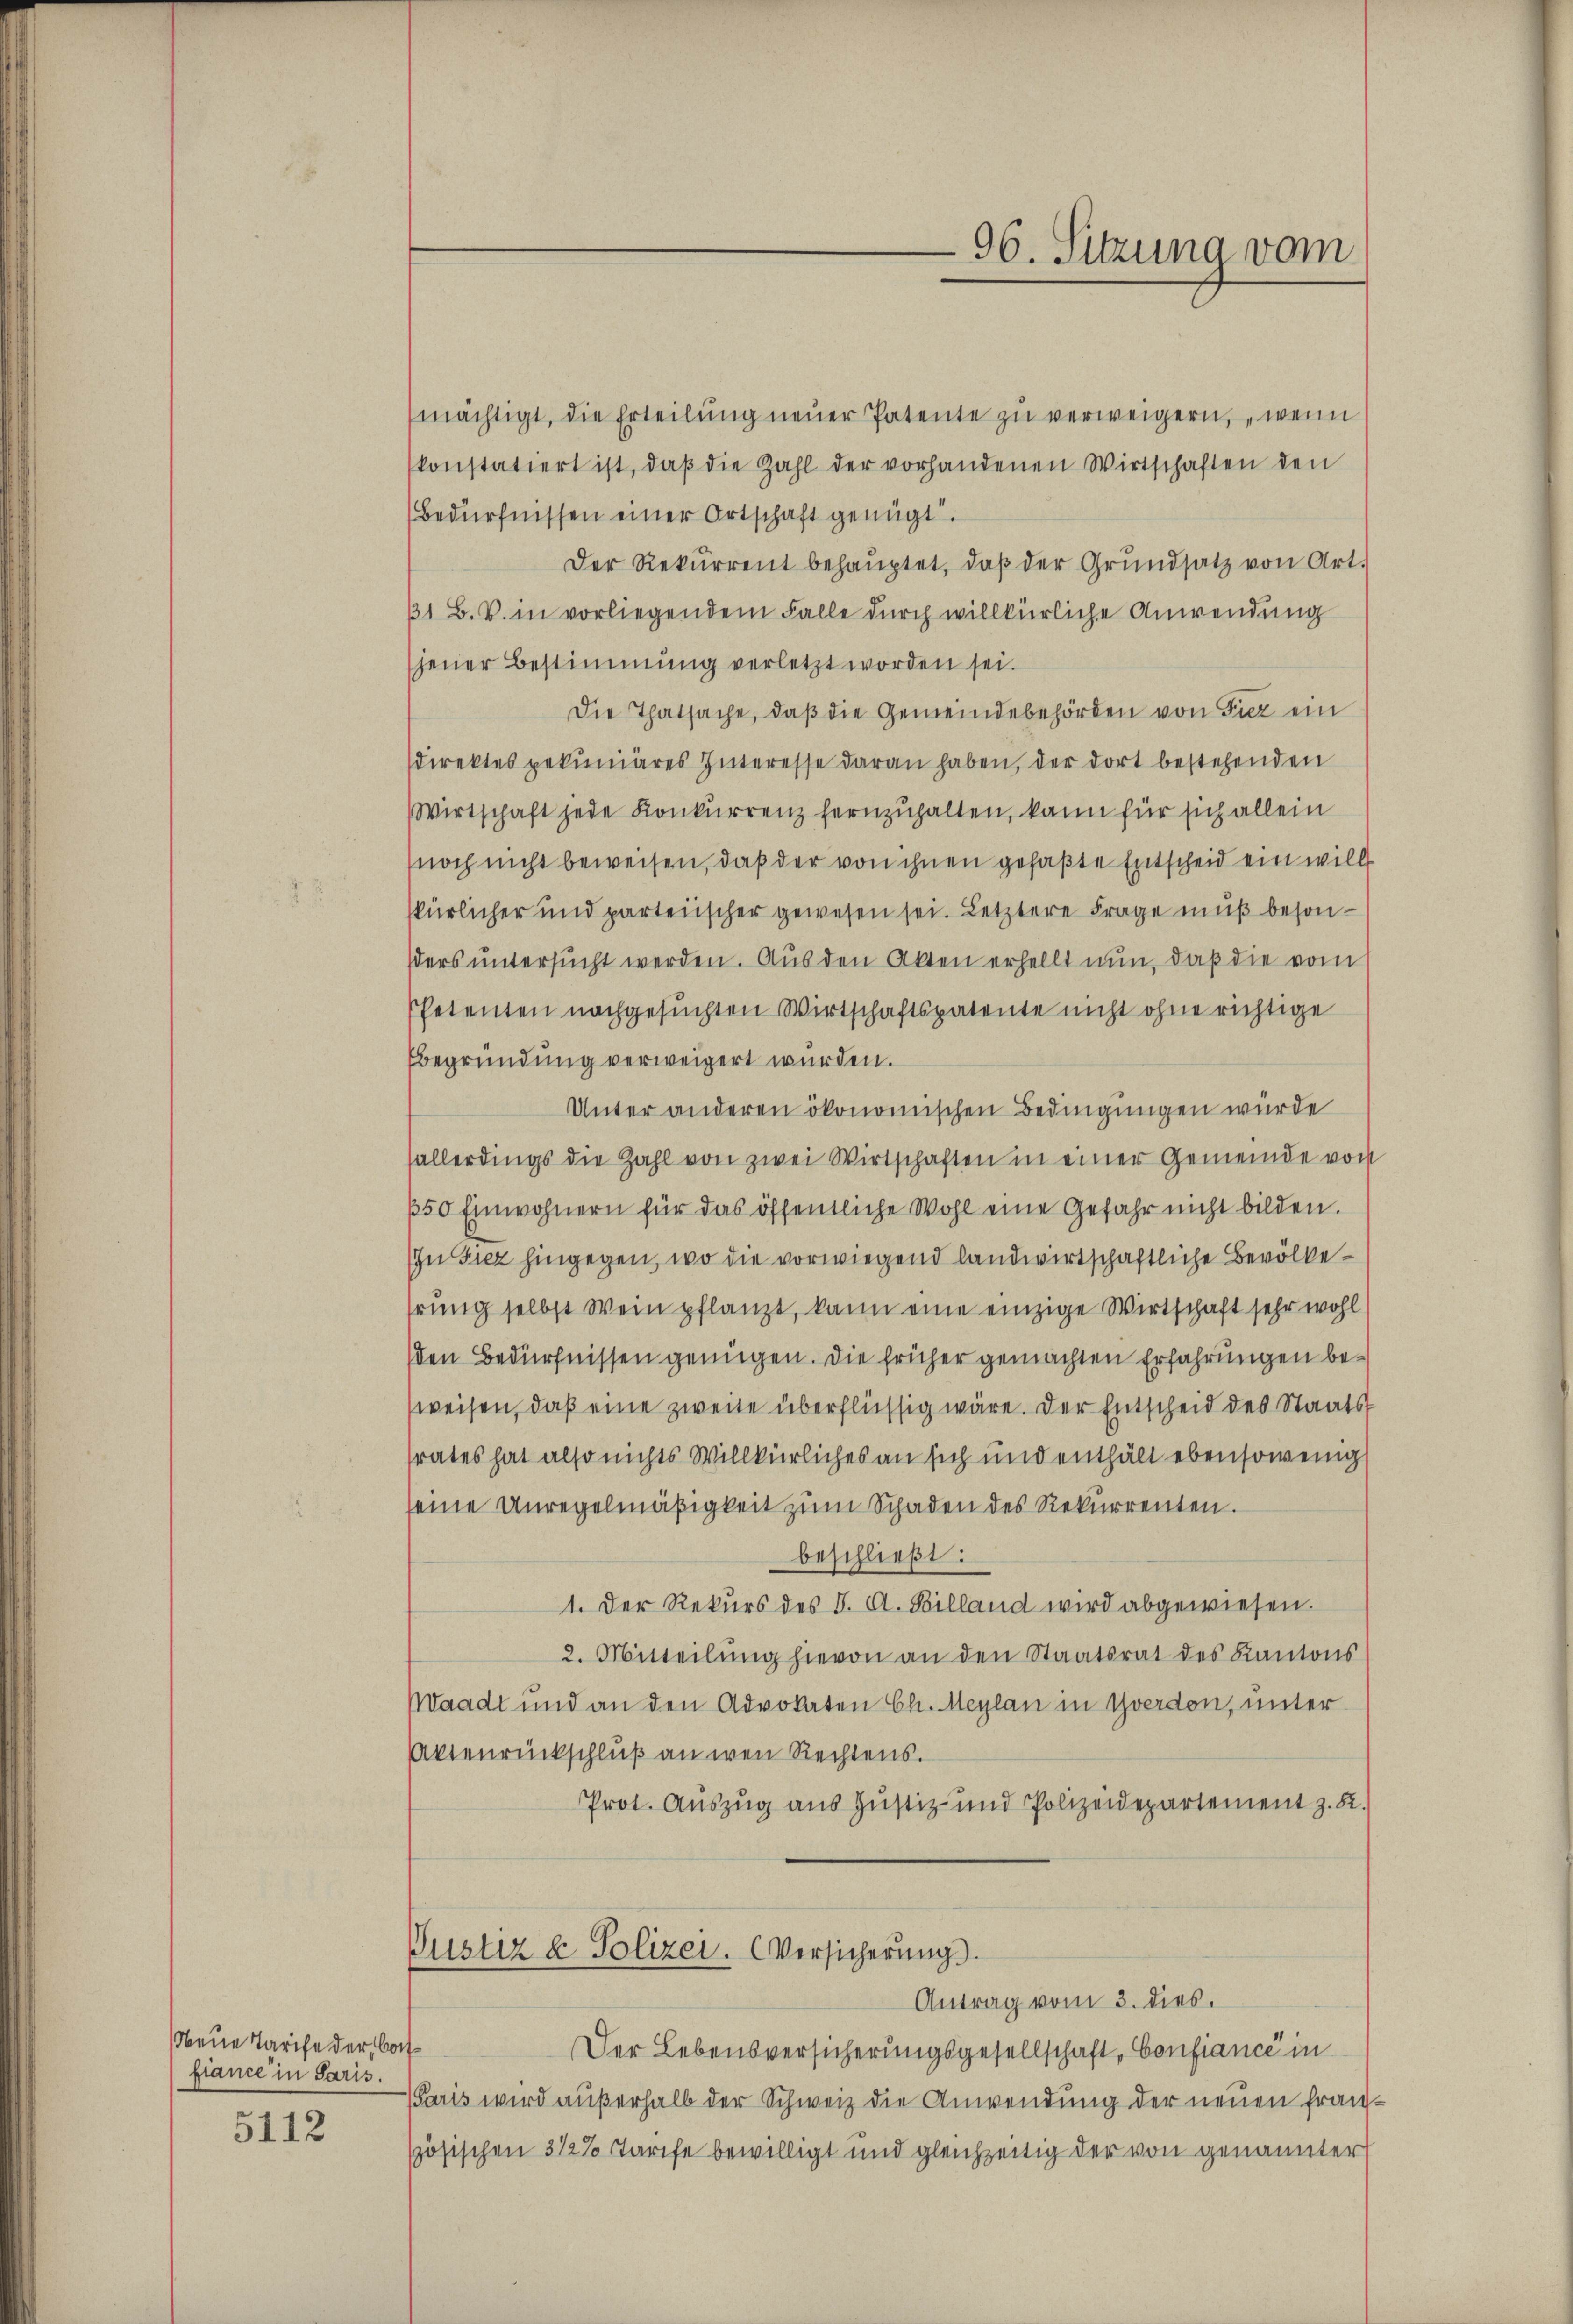
Neue Tarife der Corfiance in Paris.

5112

mächtigt, die Erteilung neuer Patente zu verweigern, wenn
konstatiert ist, daβ die Zahl der vorhandenen Wirtschaften den
Bedürfnissen einer Ortschaft genügt.
Der Rekurrent behaŭptet, daβ der Grŭndsatz von Art.
31 B. B. in vorliegendem Falle durch willkürliche Anwendung
jener Bestimmung verletzt worden sei.
Die Thatsache, daβ die Gemeindebehörden von Tier ein
sdirektes pekuniäres Interesse daran haben, der dort bestehenden
Wirtschaft jede Konkurrenz fernzuhalten, kann für sich allein
(noch nicht beweisen, daß der von ihnen gefaßte Entscheid ein will
skürlicher und parteiischer gewesen sei. Letztere Frage muß besonders untersucht werden. Aus den Akten erhellt nun, daß die vom
PPetenten nachgesuchten Wirtschaftspatente nicht ohne richtige
Begründung verweigert wurden.
Unter anderen ökonomischen Bedingungen würde
sallerdings die Zahl von zwei Wirtschaften in einer Gemeinde von
150 Einwohnern für das öffentliche Wohl eine Gefahr nicht bilden.
In Siez hingegen, wo die vorwiegend landwirtschaftliche Bevölkehrung selbst Wein pflanzt, kann eine einzige Wirtschaft sehr wohl
den Bedürfnissen genügen. Die früher gemachten Erfahrungen beweisen, daß eine zweite überflüssig wäre. Der Entscheid des Staats
srates hat also nichts Willkürliches an sich und enthält ebensowenig
seine Unregelmäßigkeit zum Schaden des Rekurrenten.
beschließt:
1. Der Rekurs des I. A. Billand wird abgewiesen.
2. Mitteilŭng hievon an den Staatsrat des Kantons
Waadt und an den Advokaten Ch. Meylan in Yverdon, unter
Aktenrückschluß an wen Rechtens.
Prot. Auszug aus Justiz- und Polizeidepartement z. B.

96. Sitzung vom

Pustiz & Polizei. Versicherung.
Antrag vom 3. dies.

Der Lebensversicherungsgesellschaft, Confiance in
Paris wird außerhalb der Schweiz die Anwendung der neuen Franszösischen 3 1/2% Tarife bewilligt und gleichzeitig der von genannter